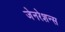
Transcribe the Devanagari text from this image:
जेनरेशन्स